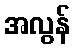
အလွန်